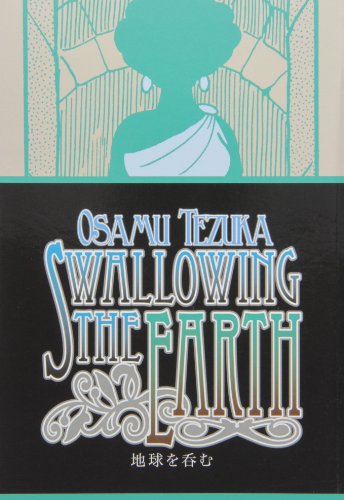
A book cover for Swallowing The Earth; Osamu Tezuka; Comics & Graphic Novels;